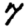
Digit: 7